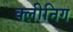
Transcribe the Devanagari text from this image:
क्लीनिग